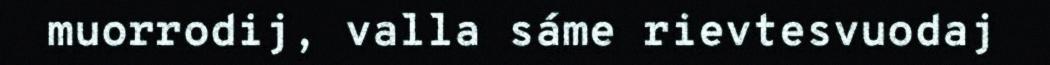
muorrodij, valla sáme rievtesvuodaj